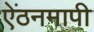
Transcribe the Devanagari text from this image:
ऐंठनमापी